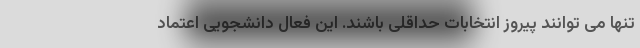
تنها می توانند پیروز انتخابات حداقلی باشند. این فعال دانشجویی اعتماد